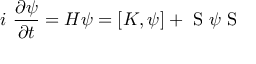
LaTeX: i ~ \frac { \partial \psi } { \partial t } = H \psi = [ K , \psi ] + \mathrm { \boldmath ~ S ~ } \psi \mathrm { \boldmath ~ S ~ }